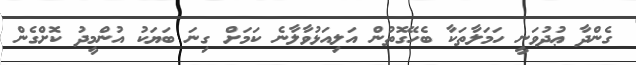
ގެންދާ ޢުދުވަނީ ހަމަލާތަކާ ބެހޭގޮތުން އަލިއަޅުވާލާނެ ކަމަށް ގިނަ ބަޔަކު އުންމީދު ކޮށްގެން